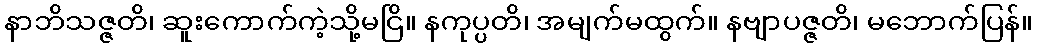
နာဘိသဇ္ဇတိ၊ ဆူးကောက်ကဲ့သို့မငြိ။ နကုပ္ပတိ၊ အမျက်မထွက်။ နဗျာပဇ္ဇတိ၊ မဘောက်ပြန်။